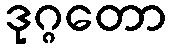
ဒုဂ္ဂတော